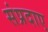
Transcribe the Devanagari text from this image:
संप्रदाए